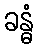
ခန္ဓံ